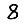
Digit: 8